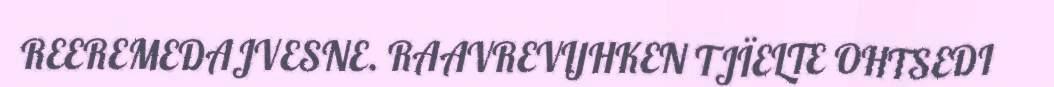
REEREMEDAJVESNE. RAAVREVIJHKEN TJÏELTE OHTSEDI